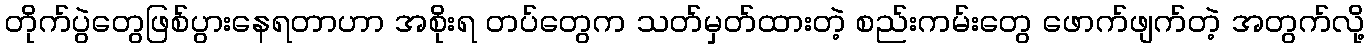
တိုက်ပွဲတွေဖြစ်ပွားနေရတာဟာ အစိုးရ တပ်တွေက သတ်မှတ်ထားတဲ့ စည်းကမ်းတွေ ဖောက်ဖျက်တဲ့ အတွက်လို့